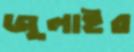
জুলাইর